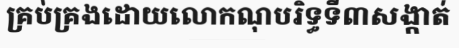
គ្រប់គ្រងដោយលោកណុបរិទ្ធទី៣សង្កាត់